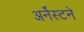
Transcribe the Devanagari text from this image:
अर्नेस्टने